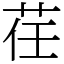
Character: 荏